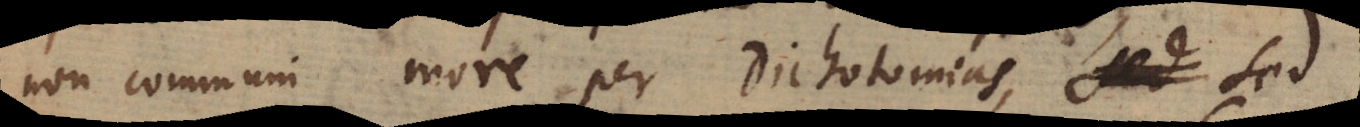
non communi more per Dichotomias, sed sed